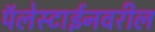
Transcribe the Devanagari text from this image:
पॅलेस्टाईनवरील